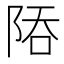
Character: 𨹙